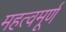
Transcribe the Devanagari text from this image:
महत्वमूर्ण